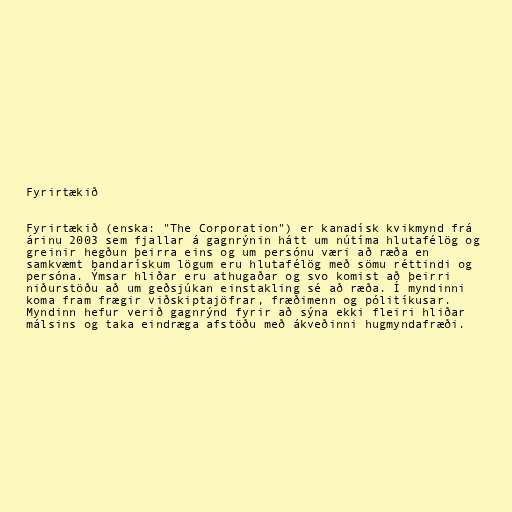
Fyrirtækið

Fyrirtækið (enska: "The Corporation") er kanadísk kvikmynd frá
árinu 2003 sem fjallar á gagnrýnin hátt um nútíma hlutafélög og
greinir hegðun þeirra eins og um persónu væri að ræða en
samkvæmt bandarískum lögum eru hlutafélög með sömu réttindi og
persóna. Ýmsar hliðar eru athugaðar og svo komist að þeirri
niðurstöðu að um geðsjúkan einstakling sé að ræða. Í myndinni
koma fram frægir viðskiptajöfrar, fræðimenn og pólitíkusar.
Myndinn hefur verið gagnrýnd fyrir að sýna ekki fleiri hliðar
málsins og taka eindræga afstöðu með ákveðinni hugmyndafræði.